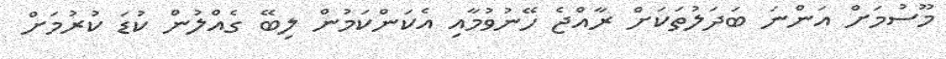
މޫސުމަށް އަންނަ ބަދަލުތަކަށް ރާއްޖެ ހޭނުވުމާއި އެކަންކަމުން ލިބޭ ގެއްލުން ކުޑަ ކުރުމަށް